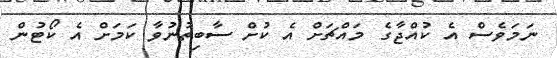
ނަމަވެސް އެ ކުއްޖާގެ މައްޗަށް އެ ކުށް ސާބިތުނުވާ ކަމަށް އެ ކޯޓުން